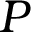
P